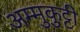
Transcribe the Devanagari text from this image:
अम्मुकुट्टी